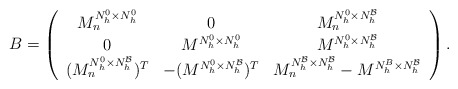
\begin{align*}{B}=\left(\begin{array}{ccc}M_n^{N_h^0\times N_h^0}&0&M_n^{N_h^0\times N_h^\mathcal{B}}\\0&M^{N_h^0\times N_h^0}&M^{N_h^0\times N_h^\mathcal{B}}\\(M_n^{N_h^0\times N_h^\mathcal{B}})^T&-(M^{N_h^0\times N_h^\mathcal{B}})^T&M_n^{N_h^\mathcal{B} \times N_h^\mathcal{B}}-M^{N_h^B\times N_h^\mathcal{B}}\end{array}\right).\end{align*}